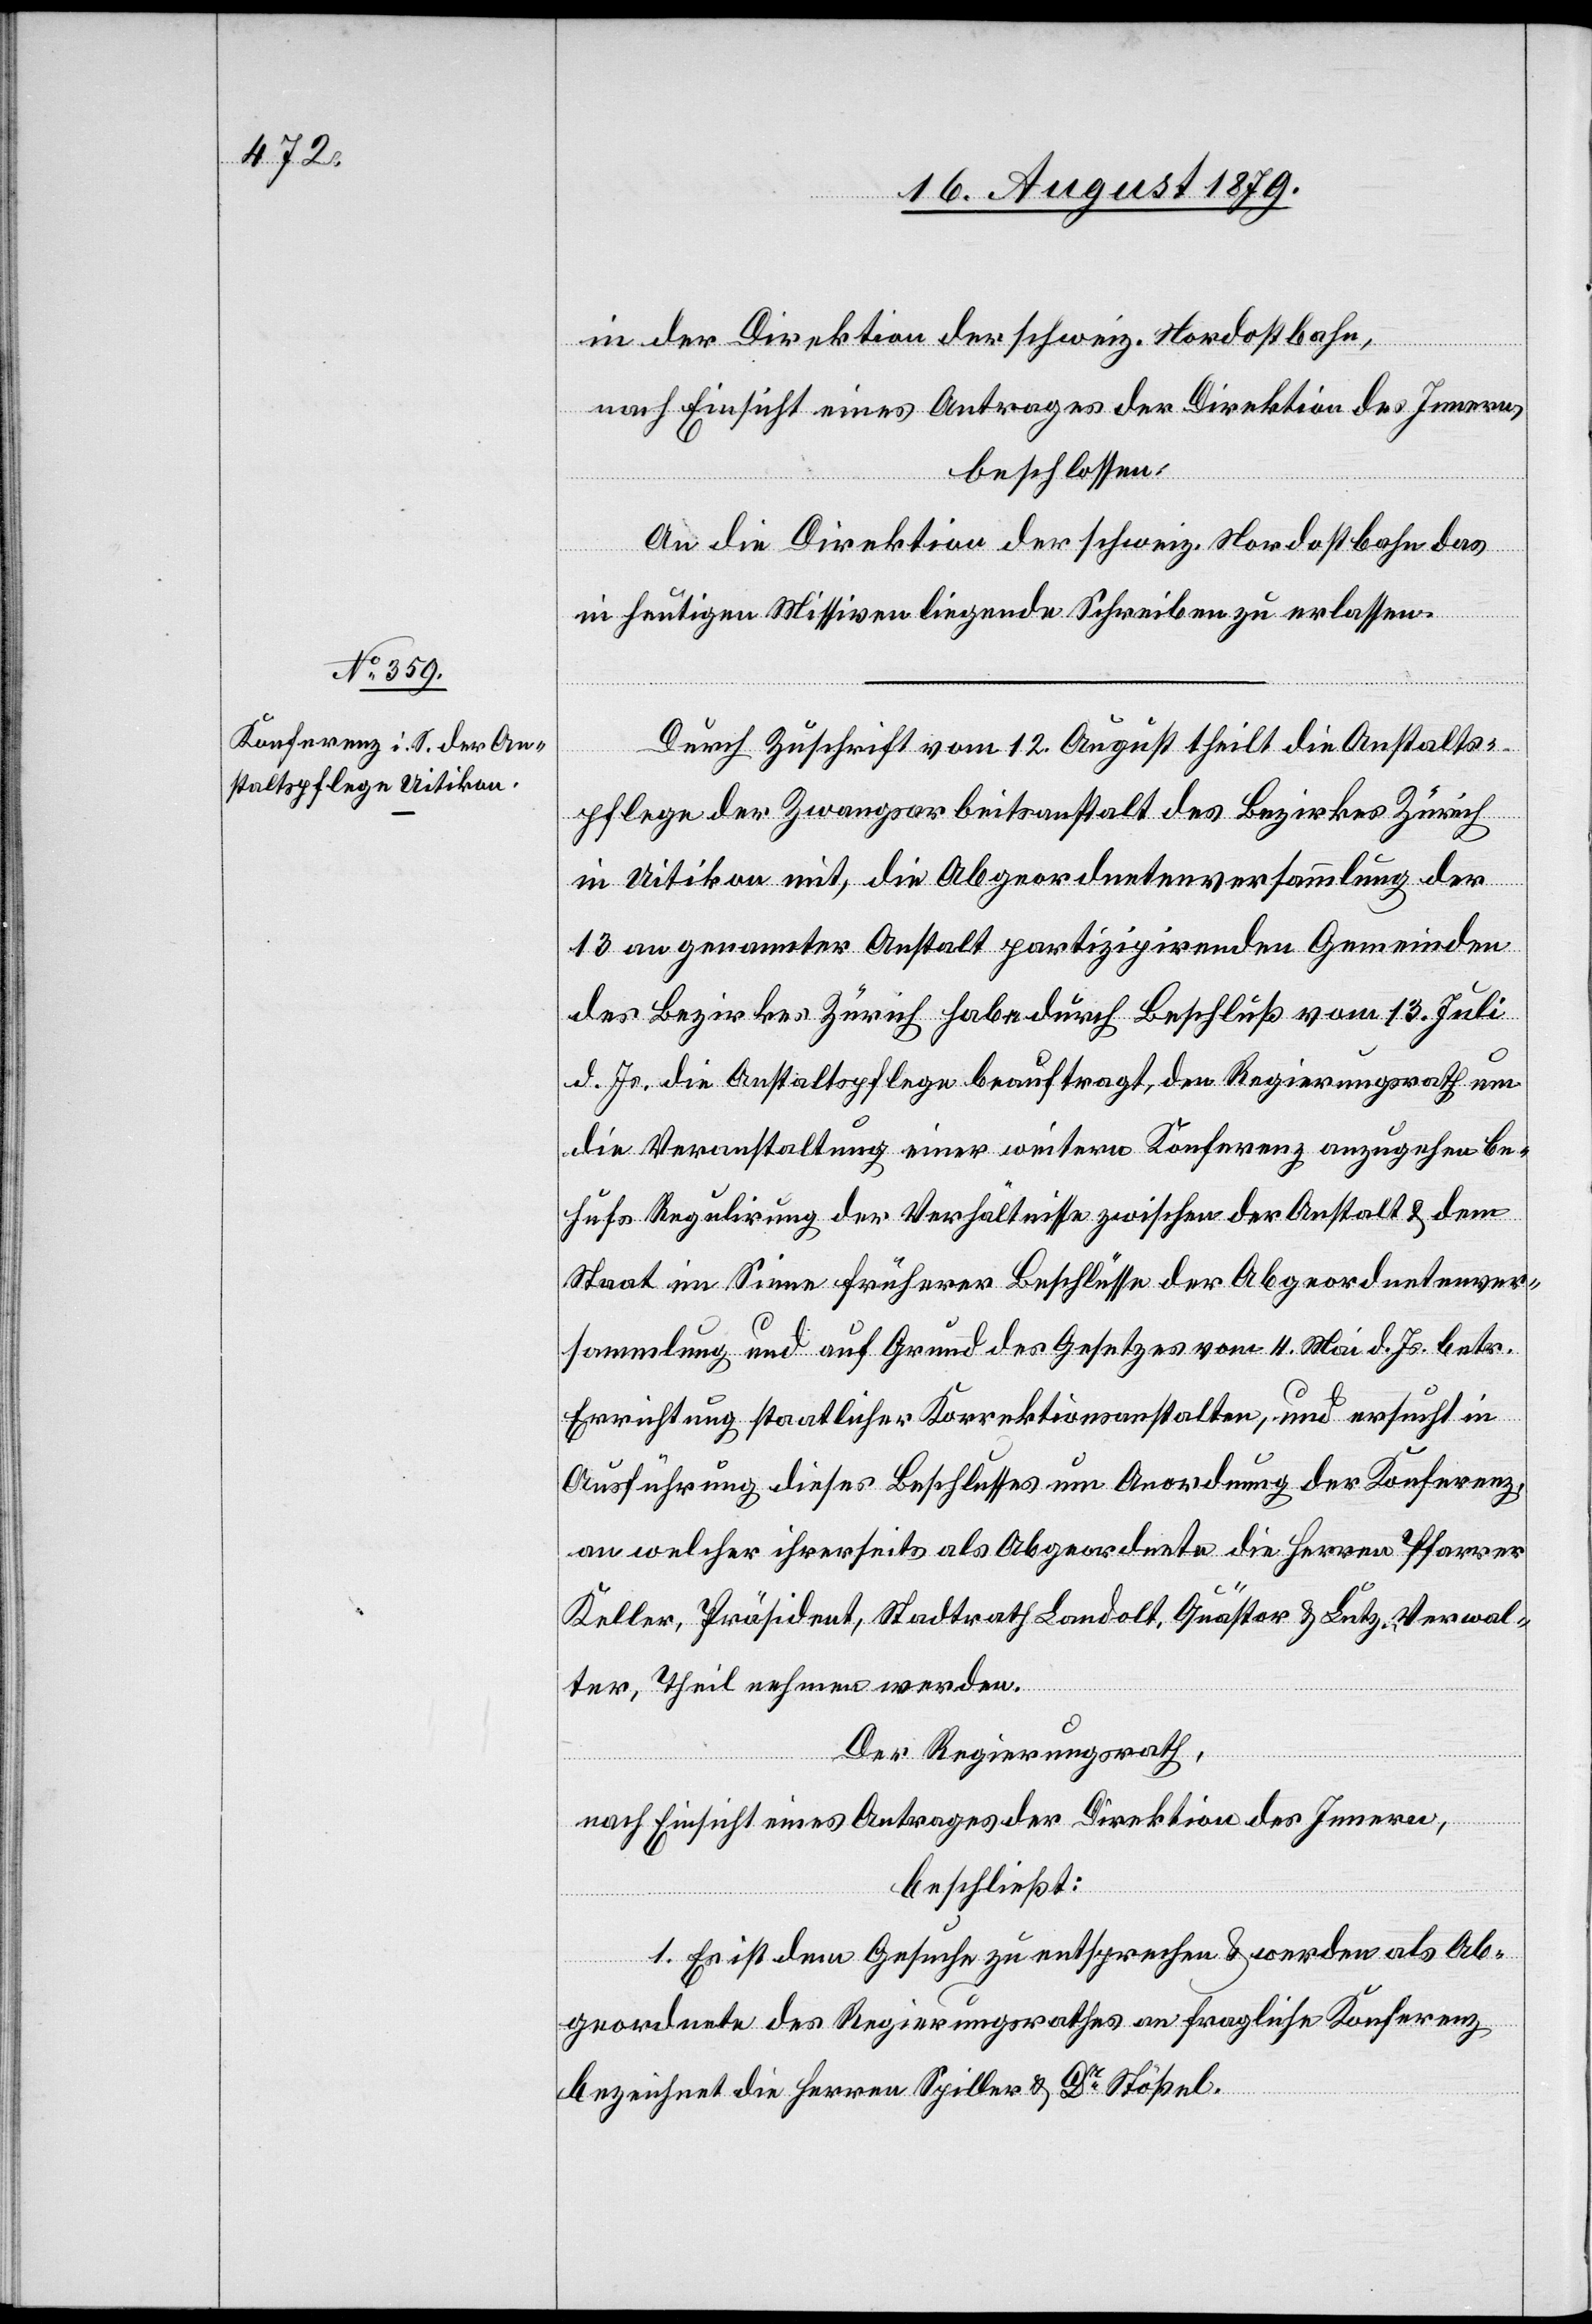
in der Direktion der schweiz. Nordostbahn,
nach Einsicht eines Antrages der Direktion des Innern,
beschlossen:
An die Direktion der schweiz. Nordostbahn das
in heutigen Missiven liegende Schreiben zu erlassen.
Durch Zuschrift vom 12. August theilt die Anstalts¬
pflege der Zwangsarbeitsanstalt des Bezirkes Zürich
in Uitikon mit, die Abgeordnetenversammlung der
12 an genannter Anstalt partizipirenden Gemeinden
des Bezirkes Zürich habe durch Beschluß vom 13. Juli
d. Js. die Anstaltspflege beauftragt, den Regierungsrath um
die Veranstaltung einer weitern Konferenz anzugehen be¬
hufs Regulirung der Verhältnisse zwischen der Anstalt & dem
Staat im Sinne früherer Beschlüsse der Abgeordnetenver¬
sammlung und auf Grund des Gesetzes vom 4. Mai d. Js. betr.
Errichtung staatlicher Korrektionsanstalten, und ersucht in
Ausführung dieses Beschlusses um Anordnung der Konferenz,
an welcher ihrerseits als Abgeordnete die Herren Pfarrer
Keller, Präsident, Stadtrath Landolt, Quästor & Lutz, Verwal¬
ter, Theil nehmen werden.
Der Regierungsrath,
nach Einsicht eines Antrages der Direktion des Innern,
beschließt:
1. Es ist dem Gesuche zu entsprechen & werden als Ab¬
geordnete des Regierungsrathes an fragliche Konferenz
bezeichnet die Herren Spiller & Dr Stößel.